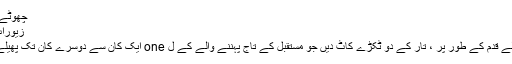
چھوٹے چمٹا
زیورات گلو
1. پہلے قدم کے طور پر ، تار کے دو ٹکڑے کاٹ دیں جو مستقبل کے تاج پہننے والے کے ل one ایک کان سے دوسرے کان تک پھیلے گی۔